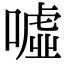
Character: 噓